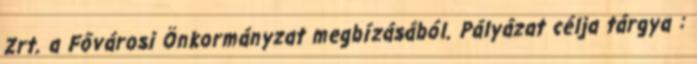
Zrt. a Fővárosi Önkormányzat megbízásából. Pályázat célja tárgya :